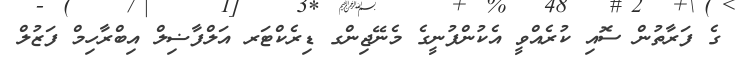
ގެ ފަރާތުން ސޮއި ކުރެއްވީ އެކުންފުނީގެ މެނޭޖިންގ ޑިރެކްޓަރ އަލްފާޟިލް އިބްރާހިމް ފަޒުލް